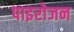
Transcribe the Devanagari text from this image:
पाइरोजन